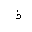
Letter: _thal